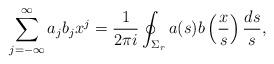
LaTeX: \begin{align*} \sum_{j=-\infty}^{\infty} a_j b_j x^j = \frac{1}{2\pi i} \oint_{\Sigma_r} a(s) b \left( \frac{x}{s} \right) \frac{ds}{s},\end{align*}